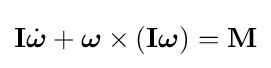
\mathbf {I} {\dot {\boldsymbol {\omega }}}+{\boldsymbol {\omega }}\times \left(\mathbf {I} {\boldsymbol {\omega }}\right)=\mathbf {M}